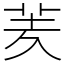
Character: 羐